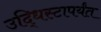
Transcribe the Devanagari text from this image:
उद्धिस्टापर्यंत